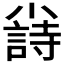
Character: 𡮲